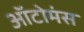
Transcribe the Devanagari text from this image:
ऑटोमंस